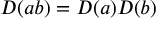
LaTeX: D ( a b ) = D ( a ) D ( b )